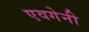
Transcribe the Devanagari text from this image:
एवगेनी